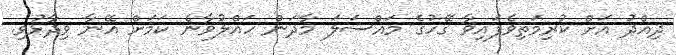
ދިއްދު އަށް ކުރިމަތިވެފައިވާ ގޭހުގެ މައްސަލަ މާދަން ހައްލުވާނެ ކަމަށް އޭނާ ވިދާޅުވި.